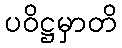
ပဝိဋ္ဌမှာတိ